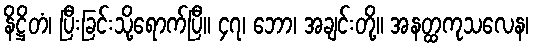
နိဋ္ဌိတံ၊ ပြီးခြင်းသို့ရောက်ပြီ။ ၄၇၊ ဘော၊ အချင်းတို့။ အနတ္ထကုသလေန၊